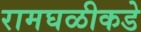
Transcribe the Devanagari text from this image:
रामघळीकडे